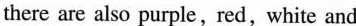
there are also purple,red,white and